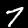
Digit: 7